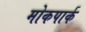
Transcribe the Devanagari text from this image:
मोकपार्क